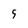
Character: 5